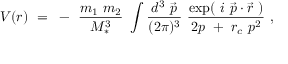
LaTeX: V ( r ) ~ = ~ - ~ { \frac { m _ { 1 } ~ m _ { 2 } } { M _ { * } ^ { 3 } } } ~ \int { \frac { d ^ { 3 } ~ \vec { p } } { ( 2 \pi ) ^ { 3 } } } ~ { \frac { \exp ( ~ i ~ \vec { p } \cdot \vec { r } ~ ) } { 2 p ~ + ~ r _ { c } ~ { p } ^ { 2 } } } ~ ,